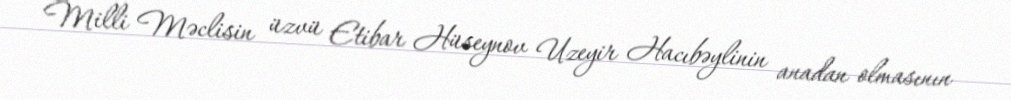
Milli Məclisin üzvü Etibar Hüseynov Uzeyir Hacıbəylinin anadan olmasının